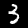
Digit: 3